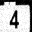
Digit: 4